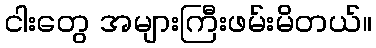
ငါးတွေ အများကြီးဖမ်းမိတယ်။